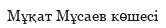
Мұқат Мұсаев көшесі